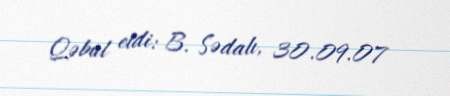
Qəbul etdi: B. Sədalı, 30.09.07